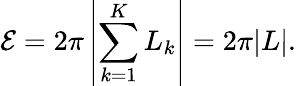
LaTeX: {\cal E}=2\pi\left|\sum_{k=1}^{K}L_{k}\right|=2\pi|L|.